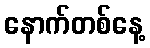
နောက်တစ်နေ့